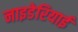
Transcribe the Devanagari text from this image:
नाइडेरियाई